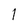
Character: l